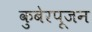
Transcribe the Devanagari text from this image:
कुबेरपूजन